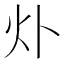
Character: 𤆊